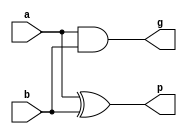
module pg_gen_gold(
    a,b,g,p
);
input a;
input b;
output g;
output p;

assign g = a & b;   // carry 
assign p = a ^ b;   // sum 

endmodule